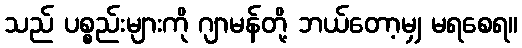
သည် ပစ္စည်းများကို ဂျာမန်တို့ ဘယ်တော့မျှ မရစေရ။